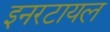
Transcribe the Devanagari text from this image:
इनरटायल